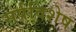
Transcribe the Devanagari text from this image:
सर्पविशेष